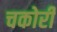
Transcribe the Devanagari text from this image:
चकोरी